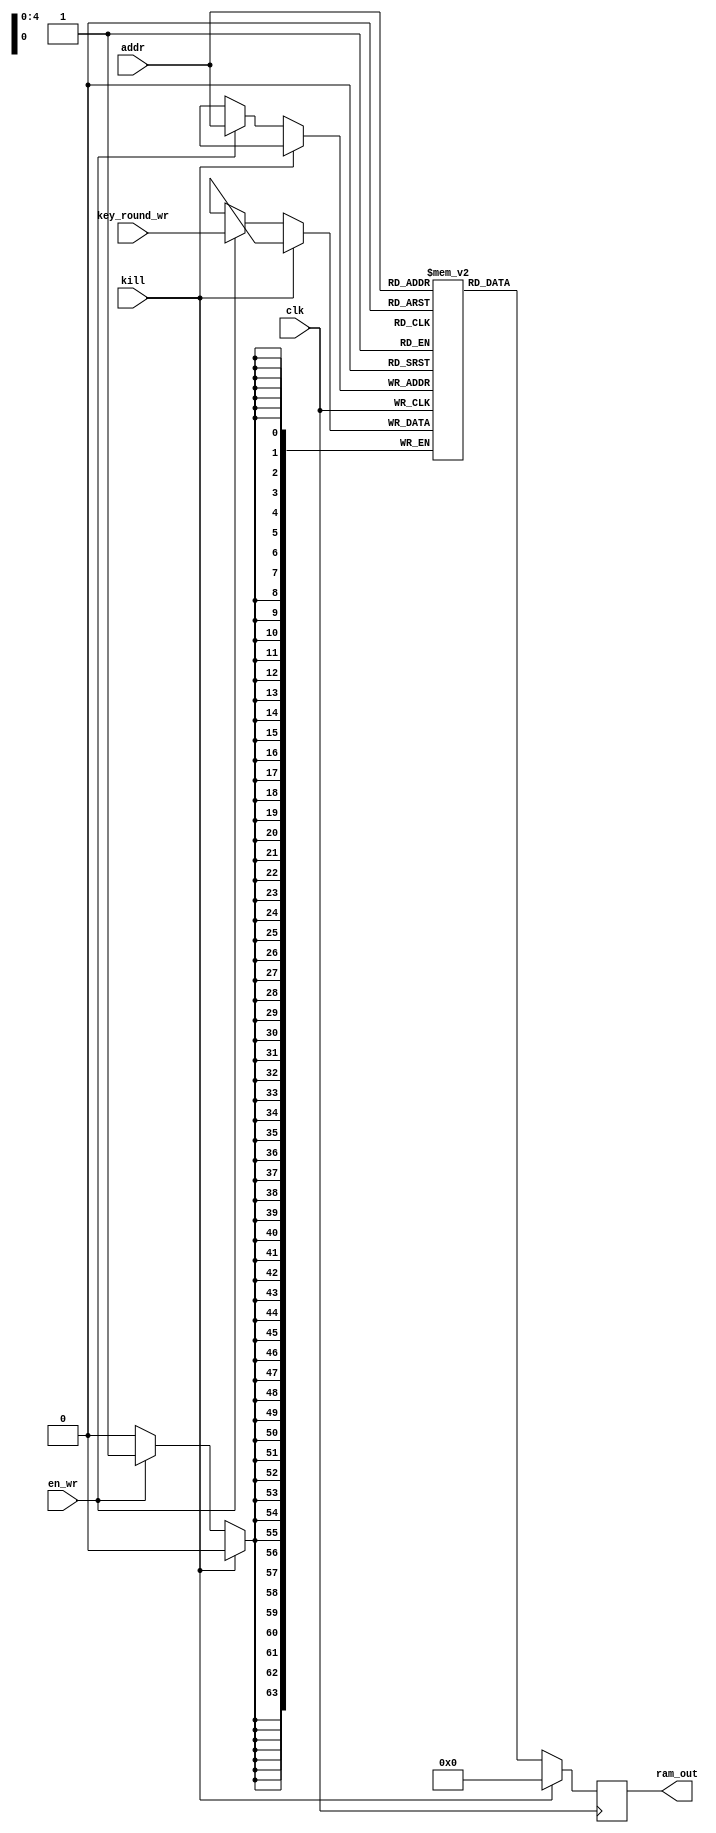
/**************************************************************************************************
 *                                                                                                *
 *                                                                                                *
 **************************************************************************************************
 *                                                                                                *
 *  Description:                                                                                  *
 *                                                                                                *
 *  Block KeyRam - 64 bit input write                                                             *
 *                                                                                                *
 **************************************************************************************************
 *    Synthesis in Vivado:                                                                        *
 *   			LUT:	1								  *
 *			FF:	0								  *
 *			BRAM:	1								  *
 **************************************************************************************************
 *  Verilog code                                                                                  *
 **************************************************************************************************/

(* keep_hierarchy = "yes" *)

module aes_128_keyram_mem (
	/* inputs */
	input			clk,
	input			kill,
	input			en_wr,
	input		[4:0]	addr,
	input		[63:0]	key_round_wr,

	/* outputs */
	output	reg	[63:0]	ram_out
	);

/**************************************************************************************************
*        PARAMETERS
 **************************************************************************************************/
parameter LENGTH_RAM = 32;

/**************************************************************************************************
 *      LOCAL WIRES, REGS                                                                         *
 **************************************************************************************************/
reg	[63:0]		ram [LENGTH_RAM-1:0];

/**************************************************************************************************
 *            INITIAL                                                                             *
 **************************************************************************************************/
initial
begin
	ram[0] <= 64'h0706050403020100;		ram[1] <= 64'h0f0e0d0c0b0a0908;		ram[2] <= 64'hfa72afd2fd74aad6;		ram[3] <= 64'hfe76abd6f178a6da;
	ram[4] <= 64'hf1bd3d640bcf92b6;		ram[5] <= 64'hfeb3306800c59bbe;		ram[6] <= 64'hbfc9c2d24e74ffb6;		ram[7] <= 64'h41bf6904bf0c596c;
	ram[8] <= 64'h033e3595bcf7f747;		ram[9] <= 64'hfd8d05fdbc326cf9;		ram[10] <= 64'heb9d9fa9e8a3aa3c;	ram[11] <= 64'haa22f6ad57aff350;
	ram[12] <= 64'h9692a6f77d0f395e;	ram[13] <= 64'h6b1fa30ac13d55a7;	ram[14] <= 64'h8ce25fe31a70f914;	ram[15] <= 64'h26c0a94e4ddf0a44;
	ram[16] <= 64'hb9651ca435874347;	ram[17] <= 64'hd27abfaef4ba16e0;	ram[18] <= 64'h685785f0d1329954;	ram[19] <= 64'h4e972cbe9ced9310;
	ram[20] <= 64'h174a94e37f1d1113;	ram[21] <= 64'hc5302b4d8ba707f3;		
end
/**************************************************************************************************
 *      LOGIC                                                                                     *
 **************************************************************************************************/
//ram
always @(posedge clk)
begin
	if (kill)
		ram_out <= 64'b0;
	else 
	begin
		if (en_wr)
			ram[addr] <= key_round_wr;
		ram_out <= ram[addr];
	end
end

/**************************************************************************************************/
endmodule